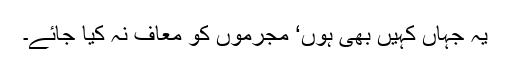
یہ جہاں کہیں بھی ہوں‘ مجرموں کو معاف نہ کیا جائے۔